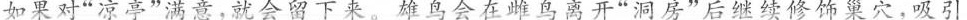
如果对”凉亭”满意，就会留下来。雄鸟会在雌鸟离开”洞房”后继续修饰巢穴，吸引